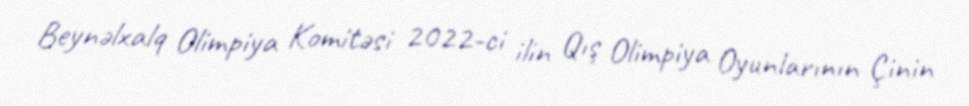
Beynəlxalq Olimpiya Komitəsi 2022-ci ilin Qış Olimpiya Oyunlarının Çinin